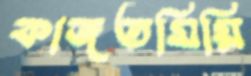
কাজতমিয়ি